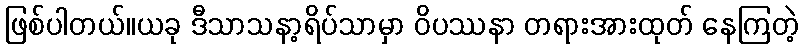
ဖြစ်ပါတယ်။ယခု ဒီသာသနာ့ရိပ်သာမှာ ဝိပဿနာ တရားအားထုတ် နေကြတဲ့